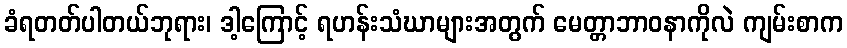
ခံရတတ်ပါတယ်ဘုရား၊ ဒါ့ကြောင့် ရဟန်းသံဃာများအတွက် မေတ္တာဘာဝနာကိုလဲ ကျမ်းစာက